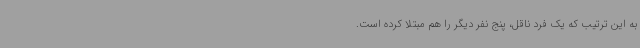
به‌ این‌ ترتیب که یک فرد ناقل، پنج نفر دیگر را هم مبتلا کرده است.